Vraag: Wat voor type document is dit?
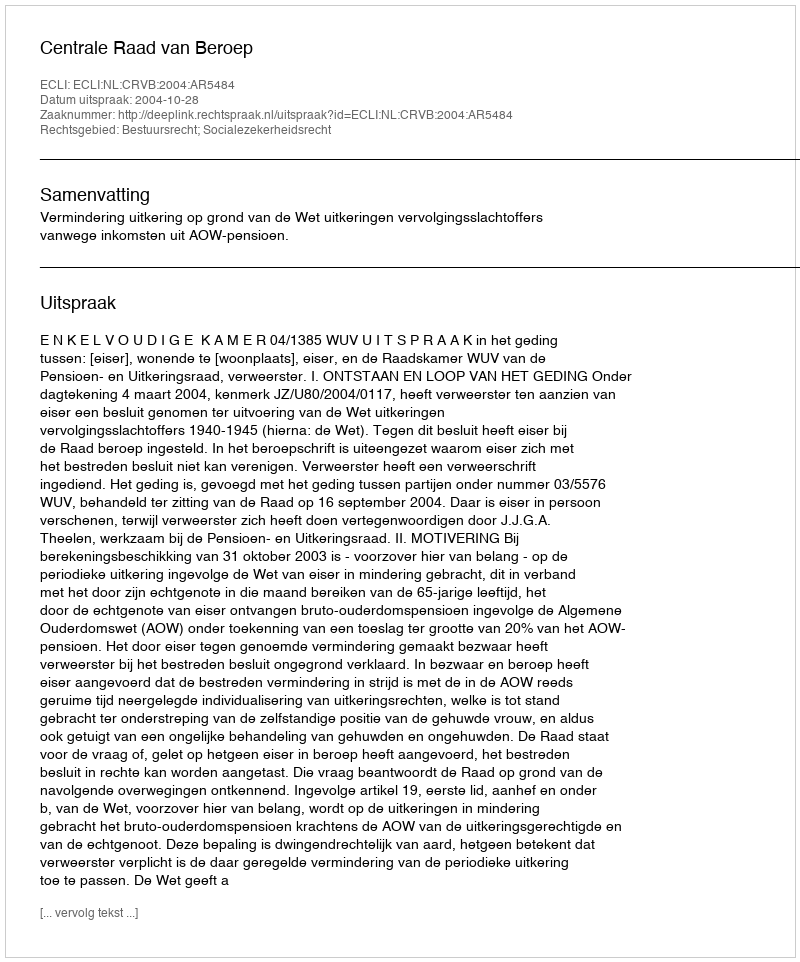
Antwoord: Uitspraak